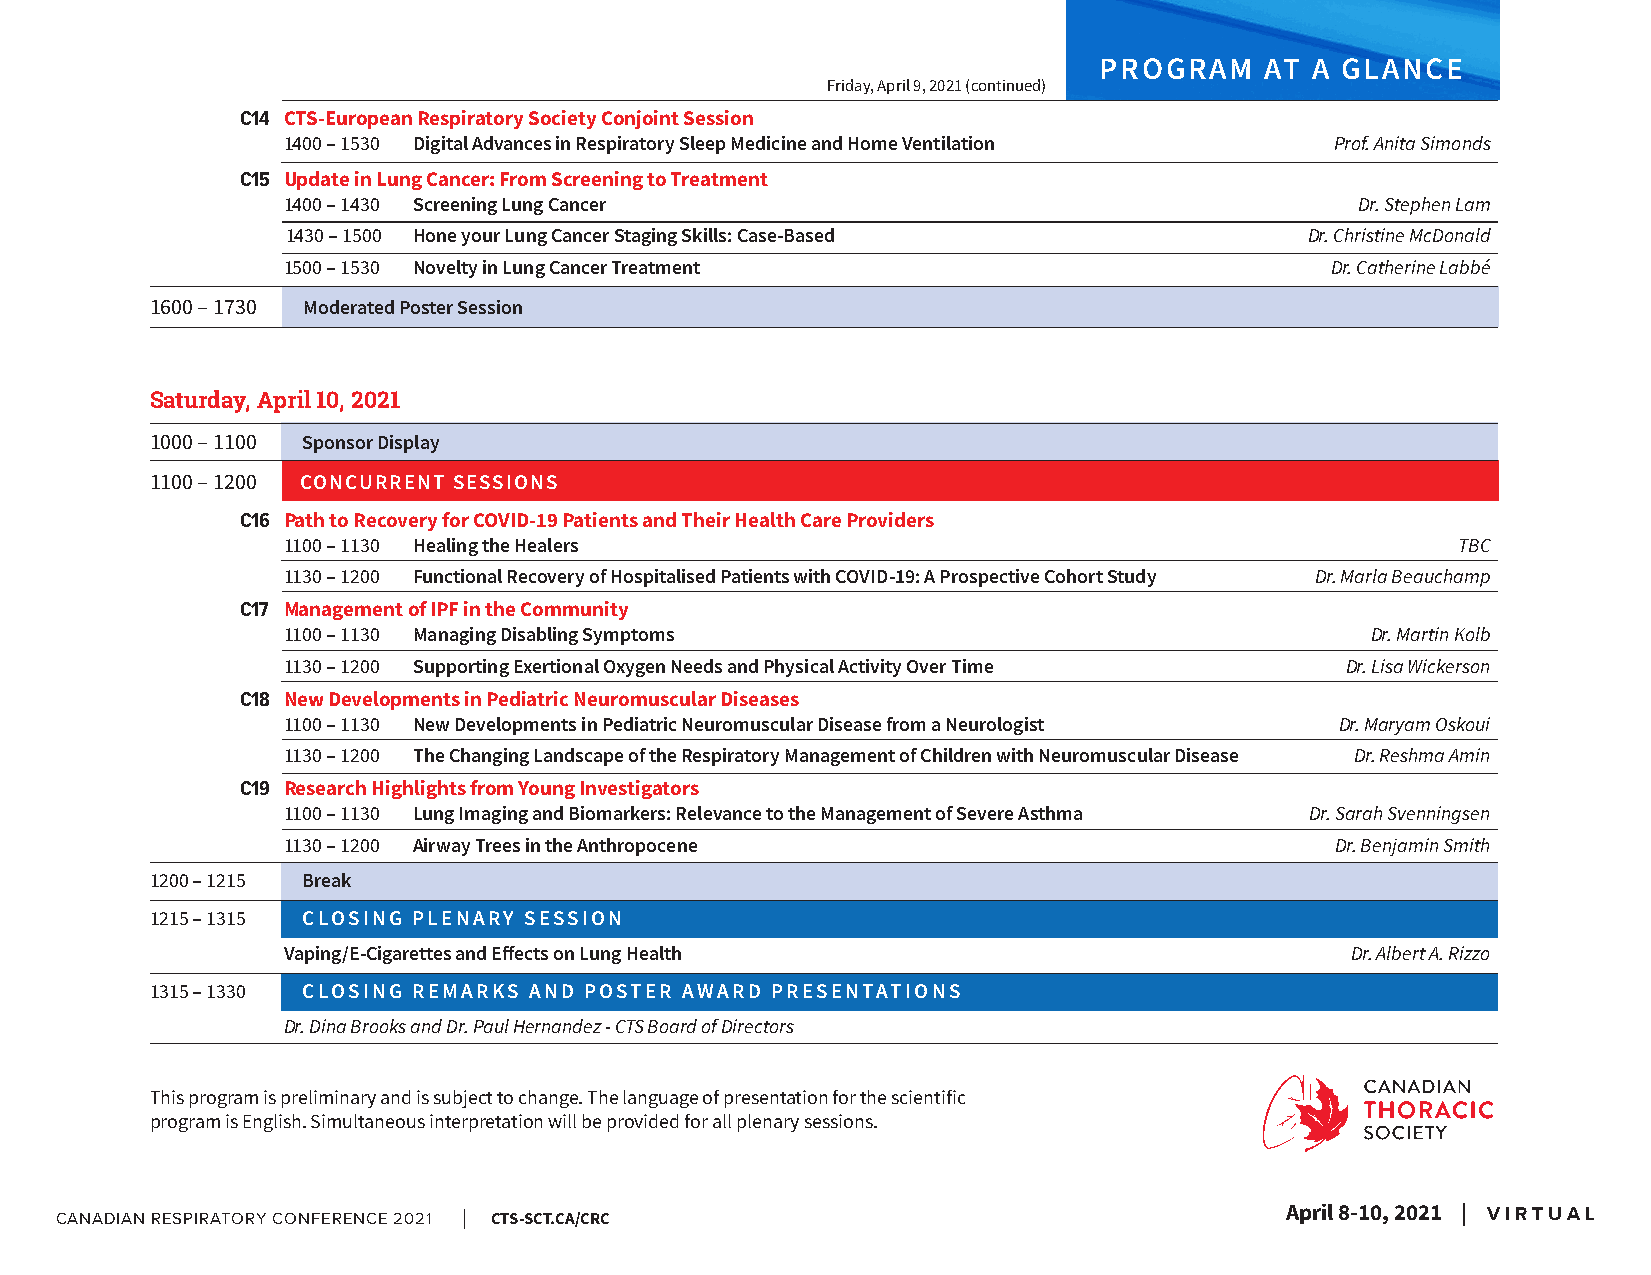
PROGRAM    AT A GLANCE
 Friday, April 9, 2021 (continued)
 C14 CTS-European Respiratory Society Conjoint Session
 1400 – 1530 Digital Advances in Respiratory Sleep Medicine and Home Ventilation Prof. Anita Simonds
 C15 Update in Lung Cancer: From Screening to Treatment
 1400 – 1430 Screening Lung Cancer                                      Dr. Stephen Lam
 1430 – 1500 Hone your Lung Cancer Staging Skills: Case-Based        Dr. Christine McDonald
 1500 – 1530 Novelty in Lung Cancer Treatment                         Dr. Catherine Labbé
 1600 – 1730 Moderated Poster Session
 Saturday, April 10, 2021
 1000 – 1100 Sponsor Display
 1100 – 1200 CONCURRENT SESSIONS
 C16 Path to Recovery for COVID-19 Patients and Their Health Care Providers
 1100 – 1130 Healing the Healers                                              TBC
 1130 – 1200 Functional Recovery of Hospitalised Patients with COVID-19: A Prospective Cohort Study Dr. Marla Beauchamp
 C17 Management of IPF in the Community
 1100 – 1130 Managing Disabling Symptoms                                 Dr. Martin Kolb
 1130 – 1200 Supporting Exertional Oxygen Needs and Physical Activity Over Time Dr. Lisa Wickerson
 C18 New Developments in Pediatric Neuromuscular Diseases
 1100 – 1130 New Developments in Pediatric Neuromuscular Disease from a Neurologist Dr. Maryam Oskoui
 1130 – 1200 The Changing Landscape of the Respiratory Management of Children with Neuromuscular Disease Dr. Reshma Amin
 C19 Research Highlights from Young Investigators
 1100 – 1130 Lung Imaging and Biomarkers: Relevance to the Management of Severe Asthma Dr. Sarah Svenningsen
 1130 – 1200 Airway Trees in the Anthropocene                         Dr. Benjamin Smith
 1200 – 1215 Break
 1215 – 1315 CLOSING PLENARY SESSION
 Vaping/E-Cigarettes and Effects on Lung Health                        Dr. Albert A. Rizzo
 1315 – 1330 CLOSING REMARKS AND POSTER AWARD PRESENTATIONS
 Dr. Dina Brooks and Dr. Paul Hernandez - CTS Board of Directors
 This program is preliminary and is subject to change. The language of presentation for the scientific
 program is English. Simultaneous interpretation will be provided for all plenary sessions.
 Faire avancer le savoir. Advancing knowledge.
 CANADIAN RESPIRATORY CONFERENCE 2021 | CTS-SCT.CA/CRC                 Améliorer les résultats.ApriIlm 8p-r1ov0in,g 2 o0u2tc1o m e| s . V I R T U A L